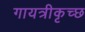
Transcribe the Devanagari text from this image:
गायत्रीकृच्छ